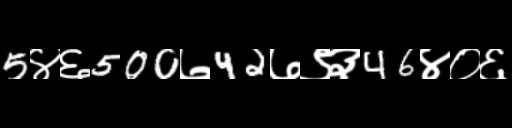
Text: 5४६500७42७९३46४०६